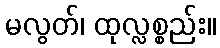
မလွတ်၊ ထုလ္လစ္စည်း။